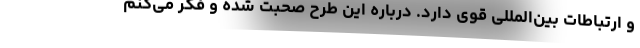
و ارتباطات بین‌المللی قوی دارد. درباره این طرح صحبت شده و فکر می‌کنم